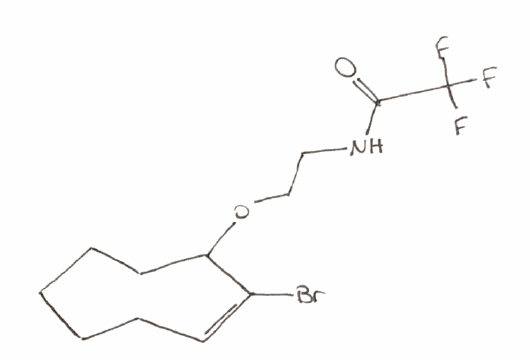
Simplified molecular-input line-entry system (SMILES) notation of the given molecule:
C1CC/C=C(\C(CC1)OCCNC(=O)C(F)(F)F)/Br